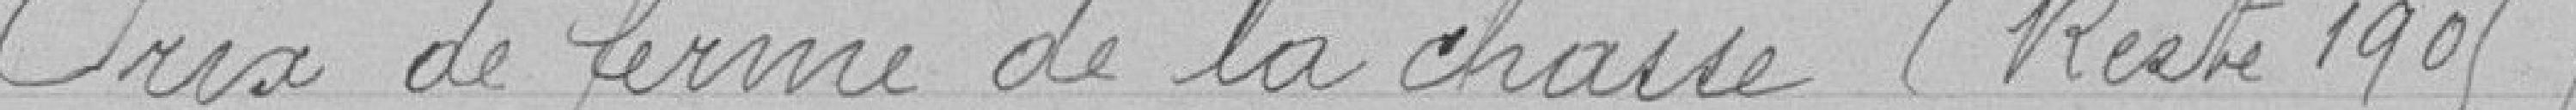
Prix de ferme de la chasse (restes 1905)